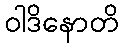
ဝါဒိနောတိ